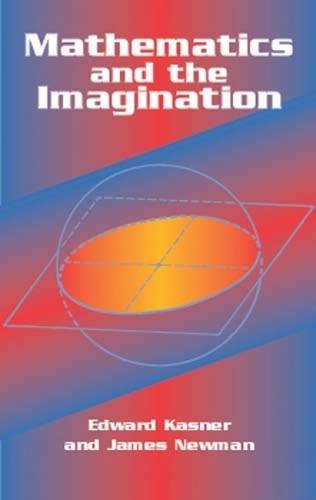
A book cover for Mathematics and the Imagination (Dover Books on Mathematics); Edward Kasner; Humor & Entertainment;